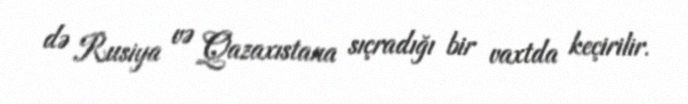
də Rusiya və Qazaxıstana sıçradığı bir vaxtda keçirilir.